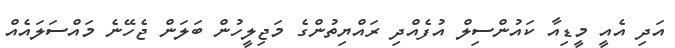
އަދި އެއީ މީޑިއާ ކައުންސިލް އުފެއްދި ރައްޔިތުންގެ މަޖިލީހުން ބަލަން ޖެހޭނެ މައްސަލައެއް